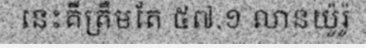
នេះគឺត្រឹមតែ ៥៧.១ លានយ៉ូរ៉ូ